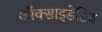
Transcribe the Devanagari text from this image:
ऑक्साइडेटिव